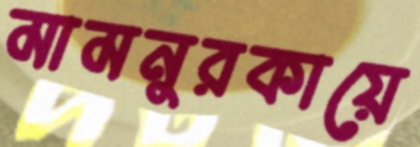
মামনুরকায়ে